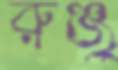
রুঞ্জু